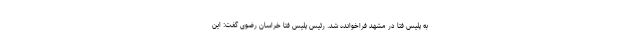
به پلیس فتا در مشهد فراخوانده شد. رئیس پلیس فتا خراسان رضوی گفت: این